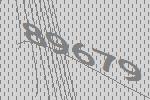
89679